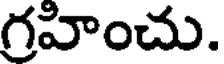
గ్రహించు.